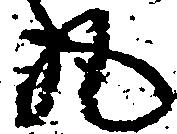
丸